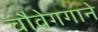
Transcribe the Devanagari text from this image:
चौवेगगाने